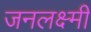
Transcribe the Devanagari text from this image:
जनलक्ष्मी